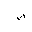
Letter: _ta